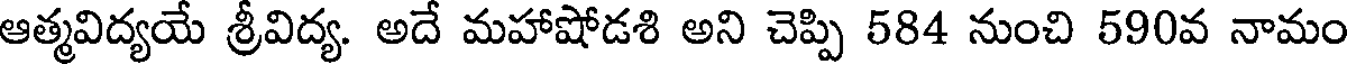
ఆత్మవిద్యయే శ్రీవిద్య. అదే మహాషోడశి అని చెప్పి 584 నుంచి 590వ నామం